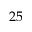
2 5